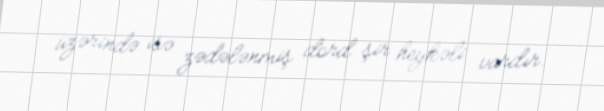
üzərində isə zədələnmiş dörd şir heykəli vardır.